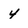
Character: 4